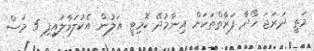
މަތީ ދަރަޖަ ހޯދާ ފަރާތްތަކަށް އިނާމުދޭ ކޮމިޓީ އަލުން އެކުލަވާލައިފި 5 މަސް